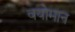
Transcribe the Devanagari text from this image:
वयोमान